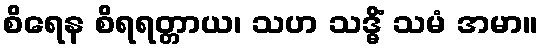
စိရေန စိရရတ္တာယ၊ သဟ သဒ္ဓိံ သမံ အမာ။